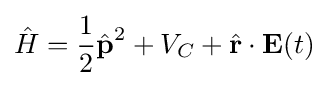
{\hat {H}}={\frac {1}{2}}{\hat {\textbf {p}}}^{2}+V_{C}+{\hat {\textbf {r}}}\cdot {\textbf {E}}(t)